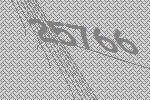
25766